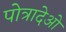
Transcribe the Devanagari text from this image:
पोत्रादेओ